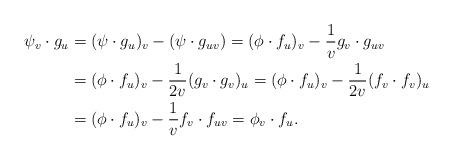
LaTeX: \begin{align*} \psi_v\cdot g_u &=(\psi\cdot g_u)_v-(\psi\cdot g_{uv}) =(\phi\cdot f_u)_v-\frac1v g_v\cdot g_{uv}\\ &=(\phi\cdot f_u)_v-\frac1{2v} (g_v\cdot g_{v})_{u} =(\phi\cdot f_u)_v-\frac1{2v} (f_v\cdot f_{v})_u \\ &=(\phi\cdot f_u)_v-\frac1{v} f_v\cdot f_{uv} =\phi_v\cdot f_u. \end{align*}